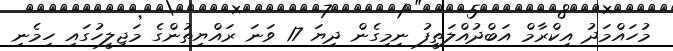
މުހައްމަދު އިކްރާމް އަބްދުއްލަތީފު ނިމިގެން ދިޔަ 17 ވަނަ ރައްޔިތުންގެ މަޖިލީހުގައި ހިމެނި